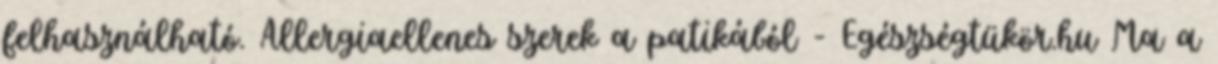
felhasználható. Allergiaellenes szerek a patikából - Egészségtükör.hu Ma a